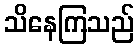
သိနေကြသည်